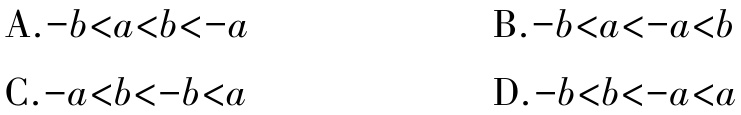
A.$-b < a < b < -a$

B.$-b < a < -a < b$

C.$-a < b < -b < a$

D.$-b < b < -a < a$